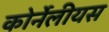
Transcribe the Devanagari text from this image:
कोर्नेलीयस